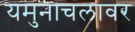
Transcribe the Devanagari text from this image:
यमुनाचलावर